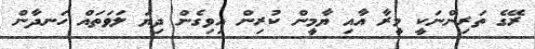
ރޭގެ ތަރިންނަކީ މީރާ އާއި ޔާމީން ކުރިން އިވިގެން ދިޔަ ލަވަތައް ހަނދާން